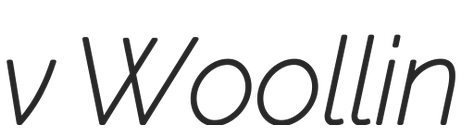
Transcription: v Woollin